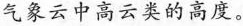
气象云中高云类的高度。